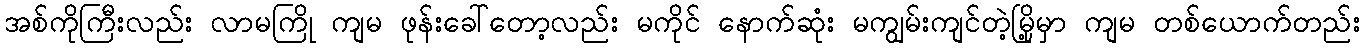
အစ်ကိုကြီးလည်း လာမကြို ကျမ ဖုန်းခေါ်တော့လည်း မကိုင် နောက်ဆုံး မကျွမ်းကျင်တဲ့မြို့မှာ ကျမ တစ်ယောက်တည်း